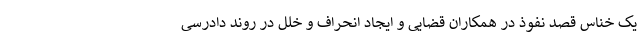
یک خناس قصد نفوذ در همکاران قضایی و ایجاد انحراف و خلل در روند دادرسی